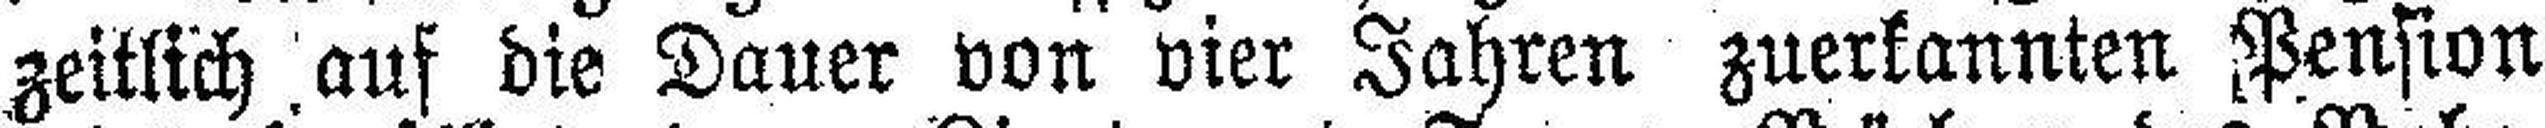
zeitlich auf die Dauer von vier Jahren zuerkannten Pension